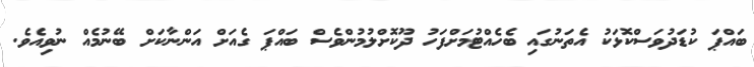
ބައްޕަ ކުޑަދުވަސްކޮޅަކު އެތަނުގައި ބެހެއްޓުމަށްފަހު ދޫކޮށްލުމުންވެސް ބައްޕަ ގެއަށް އަންނާކަށް ބޭނުމެއް ނުވިއެވެ.